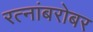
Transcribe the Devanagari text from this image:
रत्नांबरोबर